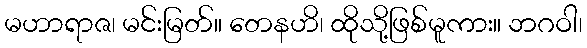
မဟာရာဇ၊ မင်းမြတ်။ တေနဟိ၊ ထိုသို့ဖြစ်မူကား။ ဘဂဝါ၊